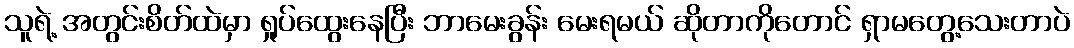
သူရဲ့ အတွင်းစိတ်ထဲမှာ ရှုပ်ထွေးနေပြီး ဘာမေးခွန်း မေးရမယ် ဆိုတာကိုတောင် ရှာမတွေ့သေးတာပဲ